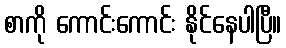
စာကို ကောင်းကောင်း နိုင်နေပါပြီ။